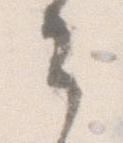
々